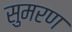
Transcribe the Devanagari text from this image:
सुमरण